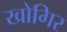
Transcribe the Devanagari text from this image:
खोगिर